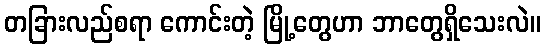
တခြားလည်စရာ ကောင်းတဲ့ မြို့တွေဟာ ဘာတွေရှိသေးလဲ။